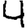
Digit: 4